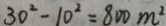
3 0 ^ { 2 } - 1 0 ^ { 2 } = 8 0 0 m ^ { 2 }